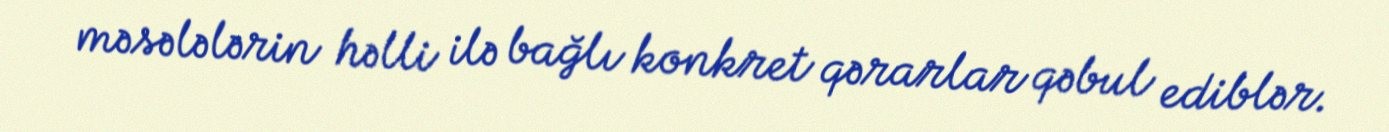
məsələlərin həlli ilə bağlı konkret qərarlar qəbul ediblər.